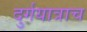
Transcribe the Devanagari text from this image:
दुर्गयात्राच